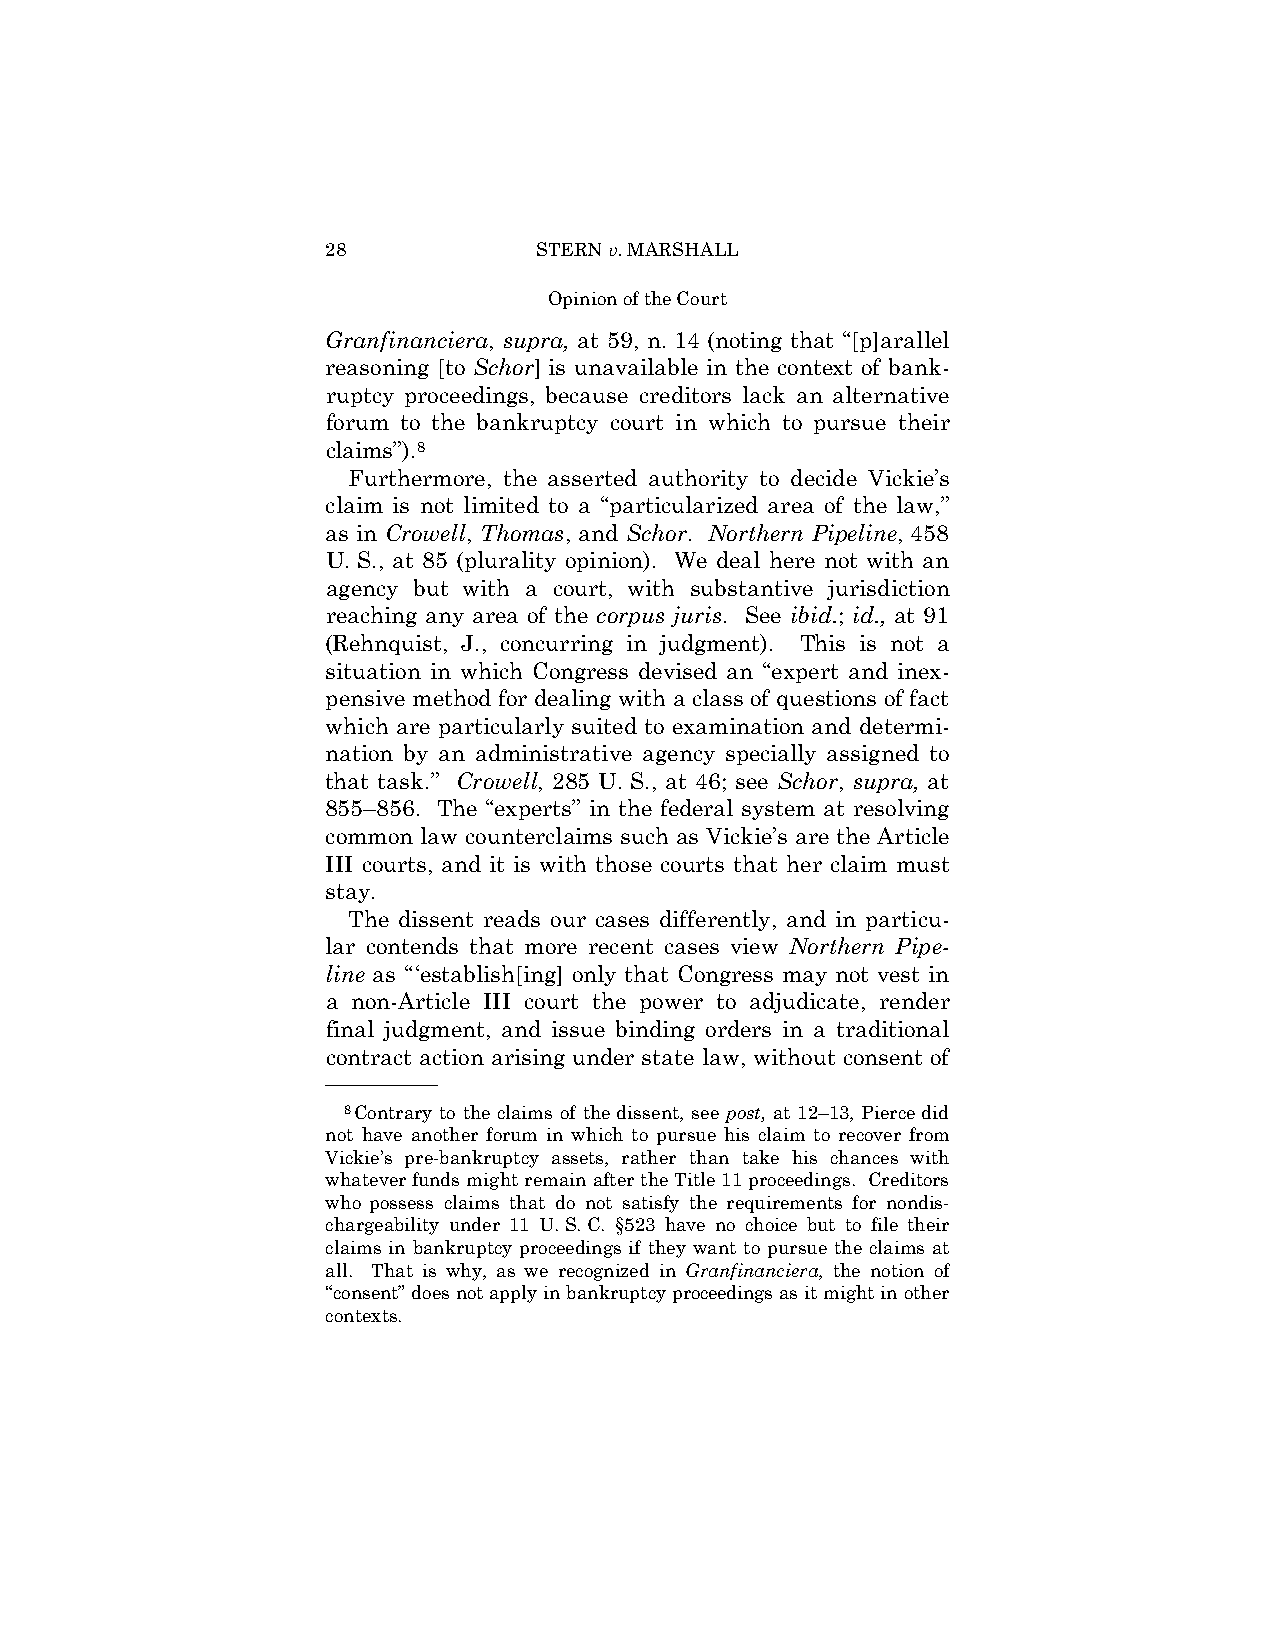
28            STERN v. MARSHALL
 Opinion of the Court
 Granfinanciera, supra, at 59, n. 14 (noting that “[p]arallel
 reasoning [to Schor] is unavailable in the context of bank­
 ruptcy proceedings, because creditors lack an alternative
 forum to the bankruptcy court in which to pursue their
 claims”).8
 Furthermore, the asserted authority to decide Vickie’s
 claim is not limited to a “particularized area of the law,”
 as in Crowell, Thomas, and Schor. Northern Pipeline, 458
 U. S., at 85 (plurality opinion). We deal here not with an
 agency but with a court, with substantive jurisdiction
 reaching any area of the corpus juris. See ibid.; id., at 91
 (Rehnquist, J., concurring in judgment). This is not a
 situation in which Congress devised an “expert and inex­
 pensive method for dealing with a class of questions of fact
 which are particularly suited to examination and determi­
 nation by an administrative agency specially assigned to
 that task.” Crowell, 285 U. S., at 46; see Schor, supra, at
 855–856. The “experts” in the federal system at resolving
 common law counterclaims such as Vickie’s are the Article
 III courts, and it is with those courts that her claim must
 stay.
 The dissent reads our cases differently, and in particu­
 lar contends that more recent cases view Northern Pipe-
 line as “‘establish[ing] only that Congress may not vest in
 a non-Article III court the power to adjudicate, render
 final judgment, and issue binding orders in a traditional
 contract action arising under state law, without consent of
 ——————
 8Contrary to the claims of the dissent, see post, at 12–13, Pierce did
 not have another forum in which to pursue his claim to recover from
 Vickie’s pre-bankruptcy assets, rather than take his chances with
 whatever funds might remain after the Title 11 proceedings. Creditors
 who possess claims that do not satisfy the requirements for nondis­
 chargeability under 11 U. S. C. §523 have no choice but to file their
 claims in bankruptcy proceedings if they want to pursue the claims at
 all. That is why, as we recognized in Granfinanciera, the notion of
 “consent” does not apply in bankruptcy proceedings as it might in other
 contexts.